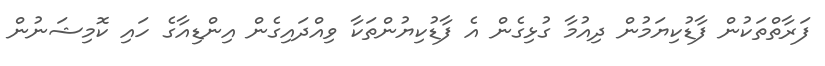
ފަރާތްތަކުން ފާޑުކިޔަމުން ދިއުމާ ގުޅިގެން އެ ފާޑުކިޔުންތަކާ ވިއްދައިގެން އިންޑިއާގެ ހައި ކޮމިޝަނުން